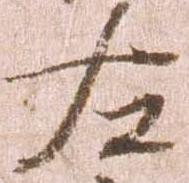
左